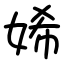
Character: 㛓